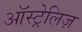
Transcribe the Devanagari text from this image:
ऑस्ट्रेलिज़